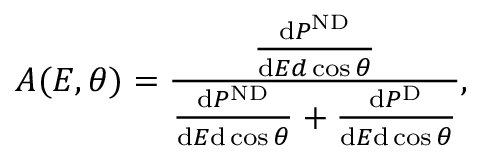
A ( E , \theta ) = \frac { \frac { \mathrm { d } P ^ { \mathrm { N D } } } { \mathrm { d } E d \cos \theta } } { \frac { \mathrm { d } P ^ { \mathrm { N D } } } { \mathrm { d } E \mathrm { d } \cos \theta } + \frac { \mathrm { d } P ^ { \mathrm { D } } } { \mathrm { d } E \mathrm { d } \cos \theta } } ,